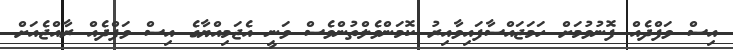
އިސް ވަފްދެއް ފޮނުވުމަށް ހަމަޖައްސާފައިވާއިރު ކޮމަންވެލްތުންވެސް ވަނީ އެޖަމިއްޔާގެ އިސް ވަފްދެއް ރާއްޖެއަށް